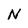
Character: N